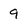
Character: 9